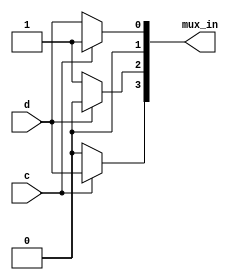
module top_module (
    input c,
    input d,
    output [3:0] mux_in
); 

    assign mux_in[0] = c ? 1 : d;          // 1 mux:   c|d
	assign mux_in[1] = 0;                  // No muxes:  0
	assign mux_in[2] = d ? 0 : 1;          // 1 mux:    ~d
	assign mux_in[3] = c ? d : 0;          // 1 mux:   c&d
    
endmodule